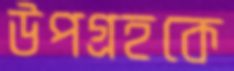
উপগ্রহকে